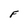
Character: F